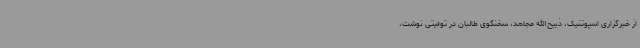
از خبرگزاری اسپوتنیک، ذبیح‌الله مجاهد، سخنگوی طالبان در توئیتی نوشت،